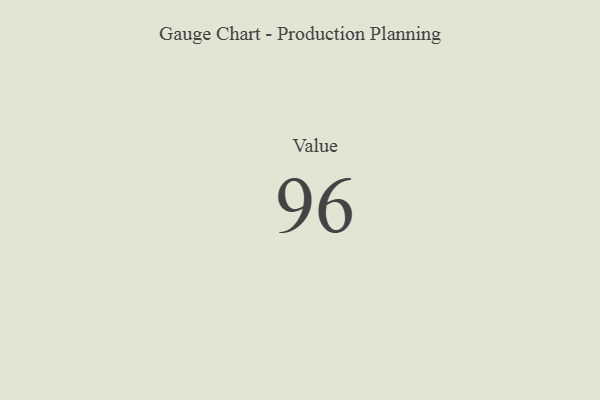
{"axis": {"x": "Metric", "y": "Value"}, "legend": [""], "data": [{"x": "Value", "y": 96, "type": ""}]}